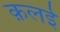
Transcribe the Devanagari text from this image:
क़लई